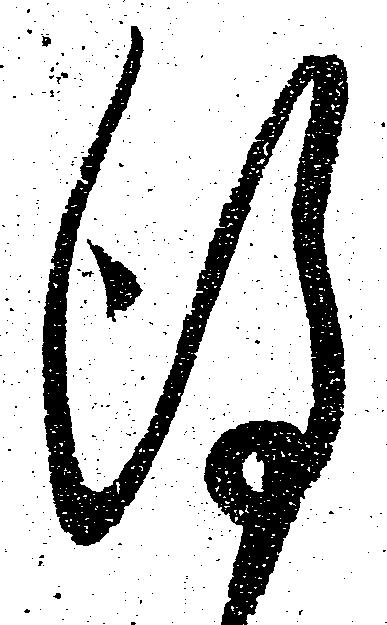
謹